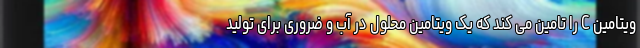
ویتامین C را تامین می کند که یک ویتامین محلول در آب و ضروری برای تولید